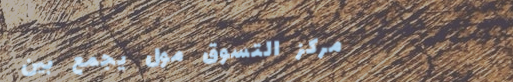
مركز التسوق مول يجمع بين